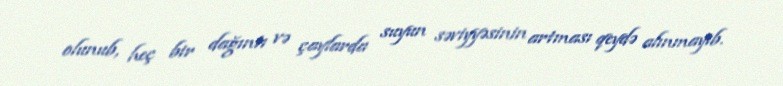
olunub, heç bir dağıntı və çaylarda suyun səviyyəsinin artması qeydə alınmayıb.